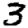
Digit: 3